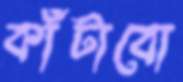
কাঁটাবো